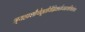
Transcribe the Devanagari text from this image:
त्र्यहाशौचेतृतीयेह्निकर्तव्यस्त्वस्थिसंचयः